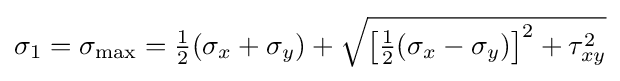
\sigma _{1}=\sigma _{\mathrm {max} }={\tfrac {1}{2}}(\sigma _{x}+\sigma _{y})+{\sqrt {\left[{\tfrac {1}{2}}(\sigma _{x}-\sigma _{y})\right]^{2}+\tau _{xy}^{2}}}\,\!